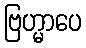
ဗြဟ္မာပေ